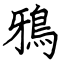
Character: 鴉